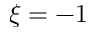
\xi = - 1